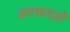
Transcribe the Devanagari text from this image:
अल्फ़ाज़ों